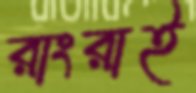
রাংরাই